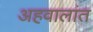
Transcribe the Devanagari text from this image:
अहवालांत